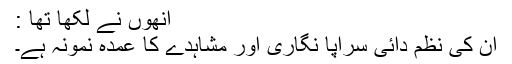
انھوں نے لکھا تھا :
ان کی نظم دائی سراپا نگاری اور مشاہدے کا عمدہ نمونہ ہے۔